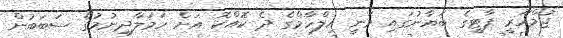
ޖުމްހޫރީ ޕާޓީގެ ބަޔާނުގައި ވަނީ އިލްހާމްގެ ދެ ކޮއްކޮ އަށް ހަމަލާދިނުމުގެ ސަބަބުން